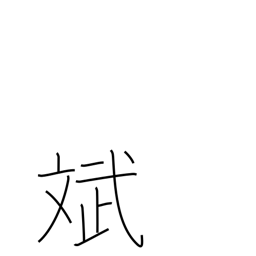
Meaning: harmony of appearance